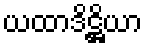
ယထာဒိဋ္ဌိယာ